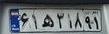
۶۱ه۲۱۸۹۱